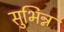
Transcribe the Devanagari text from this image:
सुभिन्न